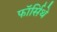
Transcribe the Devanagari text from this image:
फॉर्सिथे